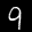
Label: 9